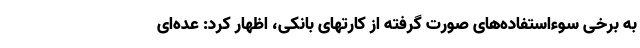
به برخی سوء‌استفاده‌های صورت گرفته از کارتهای بانکی، اظهار کرد: عده‌ای